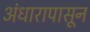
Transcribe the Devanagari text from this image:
अंधारापासून